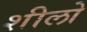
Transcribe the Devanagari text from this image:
शीलो